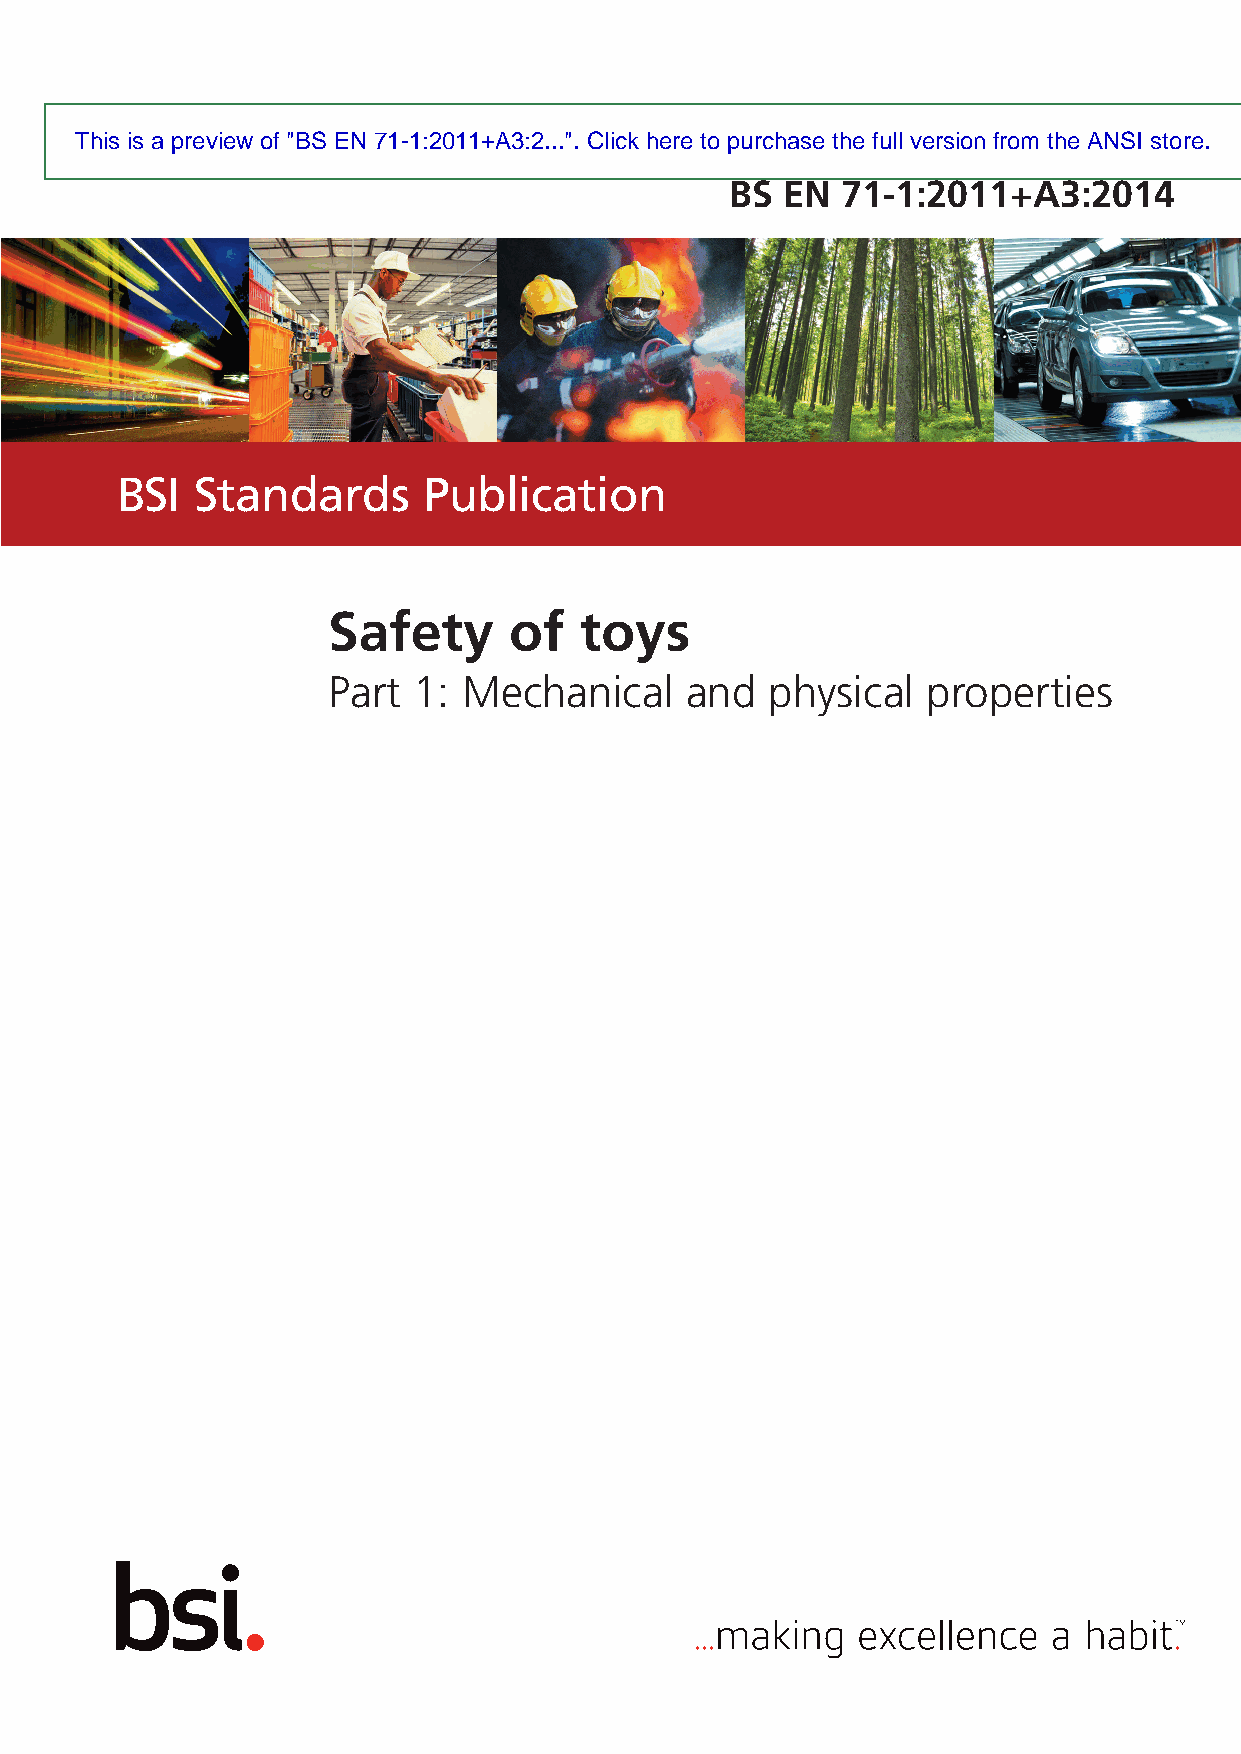
This is a preview of "BS EN 71-1:2011+A3:2...". Click here to purchase the full version from the ANSI store.
 BS  EN  71-1:2 011 +A-3:2014
 BSI  Standards      Publication
 Safety      of  toys
 Part 1:  Mechanical    and   physical  properties